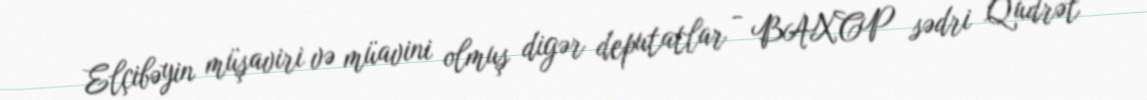
Elçibəyin müşaviri və müavini olmuş digər deputatlar - BAXCP sədri Qüdrət